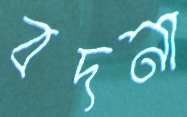
বদনা